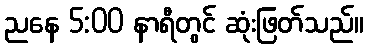
ညနေ 5:00 နာရီတွင် ဆုံးဖြတ်သည်။